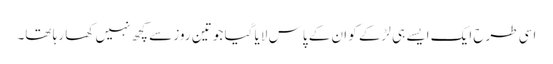
اسی طرح ایک ایسے ہی لڑکے کو ان کے پاس لایا گیا جو تین روز سے کچھ نہیں کھا رہا تھا۔